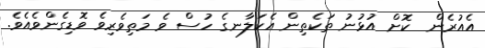
އެއުރެން  ކޮށް އުޅުނު ތަކެތިން އެކަލާނގެ ހުސް ވެ މަތިވެރިވެ ވޮޑިގެންވެއެވެ.